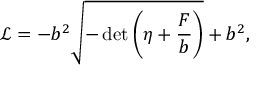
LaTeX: { \mathcal { L } } = - b ^ { 2 } { \sqrt { - \operatorname* { d e t } \left( \eta + { \frac { F } { b } } \right) } } + b ^ { 2 } ,